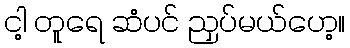
ငါ့ တူရေ ဆံပင် ညှပ်မယ်ဟေ့။